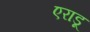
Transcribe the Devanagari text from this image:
एराडू